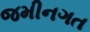
જમીનગત